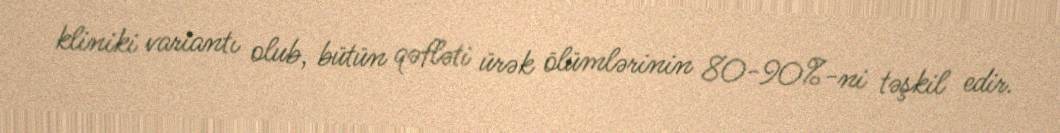
kliniki variantı olub, bütün qəfləti ürək ölümlərinin 80-90%-ni təşkil edir.